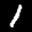
Label: 1